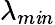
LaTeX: \lambda_{m\mathit{i}n}